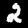
Label: 2